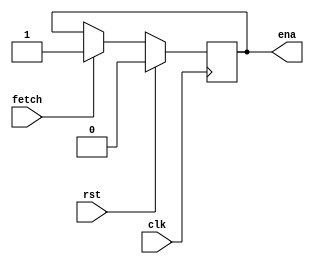
`timescale 1ns/1ns
module machinectl(
                    input clk,
                    input fetch,
                    input rst,
                    output reg ena); 
                     
always@(posedge clk)
  begin
    if(rst)
      begin
         ena <= 0;
     end
    else
      if(fetch)
        begin
          ena <= 1;
        end
    end
endmodule